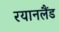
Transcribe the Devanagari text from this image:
रयानलैंड